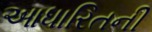
આધારિતની